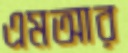
এমআর